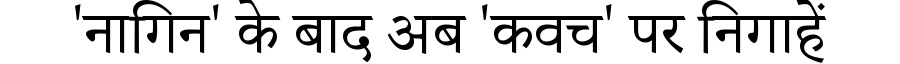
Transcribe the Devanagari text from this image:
'नागिन' के बाद अब 'कवच' पर निगाहें